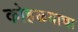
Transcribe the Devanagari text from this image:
कोहळयाचा